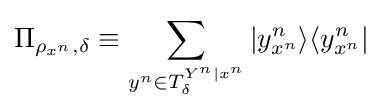
\Pi _{\rho _{x^{n}},\delta }\equiv \sum _{y^{n}\in T_{\delta }^{Y^{n}|x^{n}}}\vert y_{x^{n}}^{n}\rangle \langle y_{x^{n}}^{n}\vert